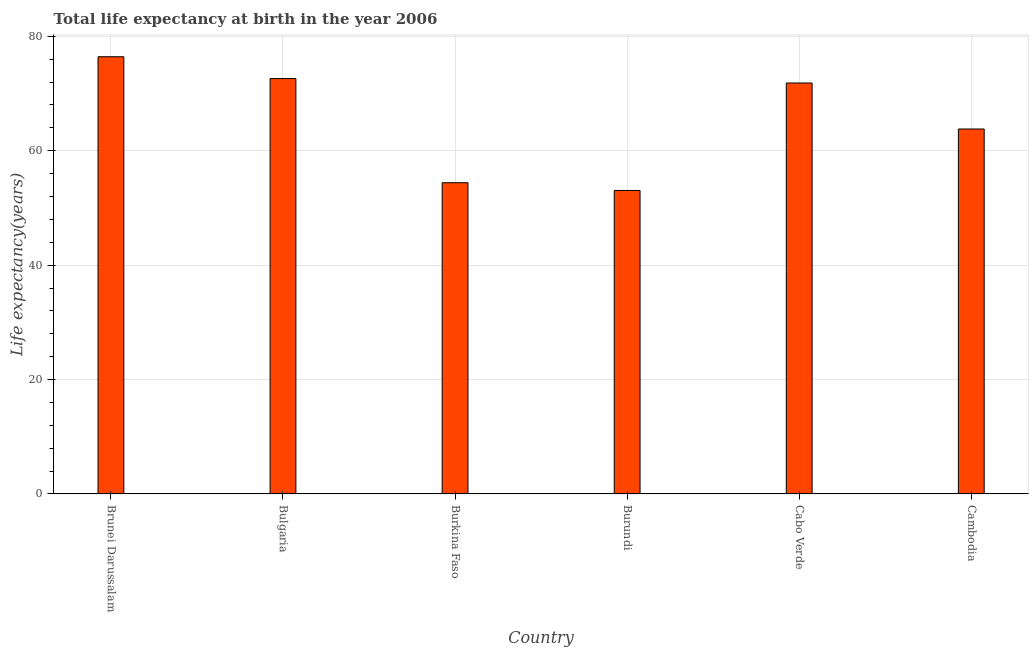
| Country | Life expectancy at birth |
 | --- | --- |
 | Brunei Darussalam | 76.4 |
 | Bulgaria | 72.6 |
 | Burkina Faso | 54.4 |
 | Burundi | 53.1 |
 | Cabo Verde | 71.8 |
 | Cambodia | 63.8 |